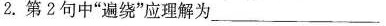
2.第2句中”遍绕”应理解为___